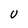
Character: U